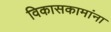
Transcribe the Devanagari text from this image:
विकासकामांना